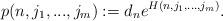
LaTeX: \begin{align*}p(n,j_{1},...,j_{m}) :=d_ne^{H(n,j_{1},...,j_{m})}.\end{align*}